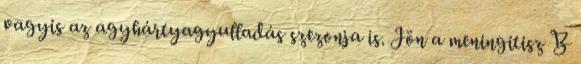
vagyis az agyhártyagyulladás szezonja is. Jön a meningitisz B